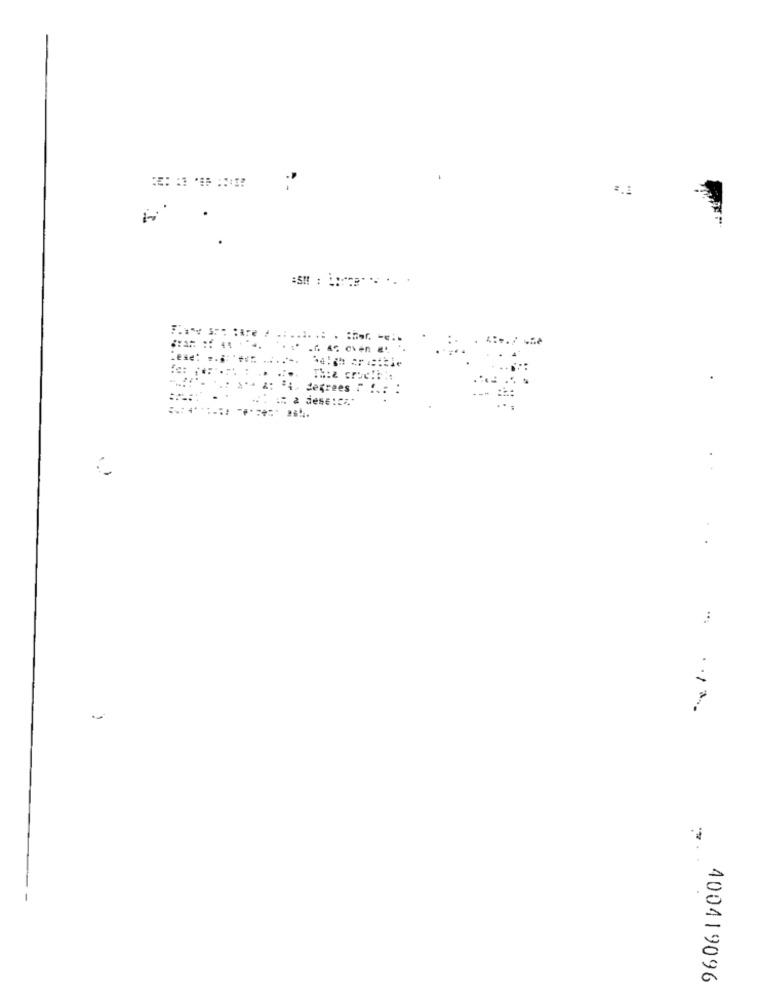
.. ..... . ...... .. . :
:e: ***
The& Gre
degrees
400419096